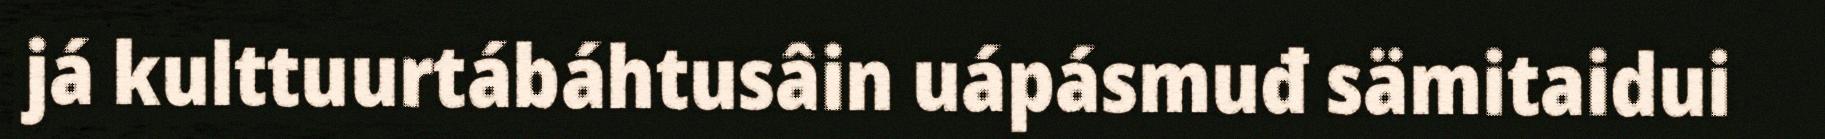
já kulttuurtábáhtusâin uápásmuđ sämitaidui